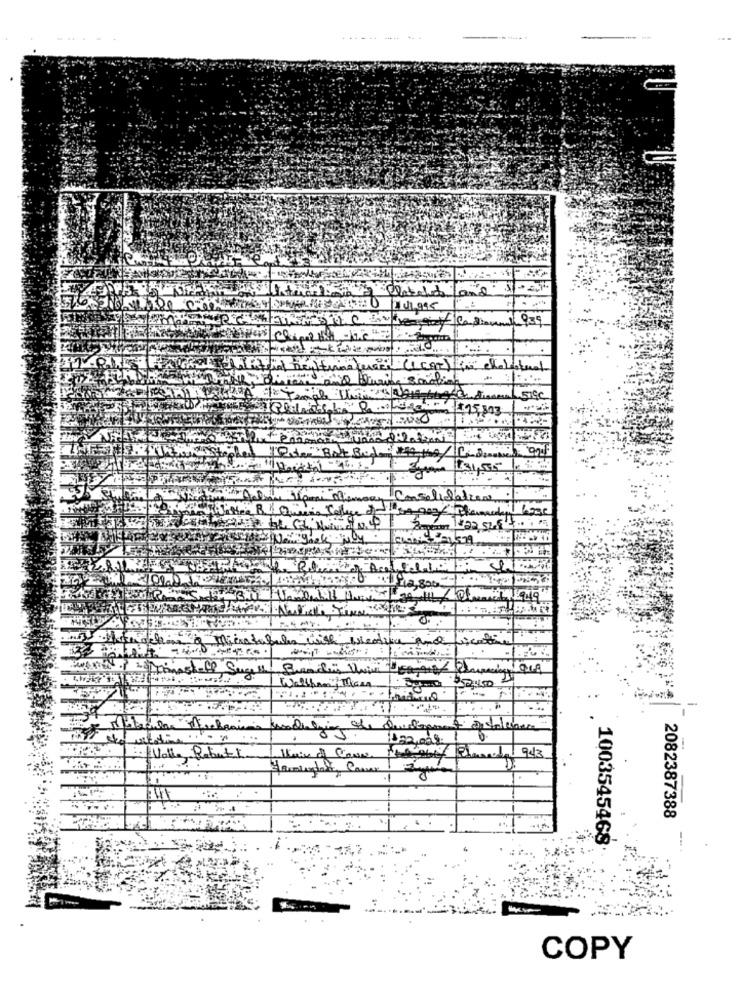
935
3.3. 1 +15,303
2.800
biscottiel
Wallhan if Thisen
122,000:
Volle Rabatt
2082387388
1003545468
COPY